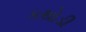
કથોડી